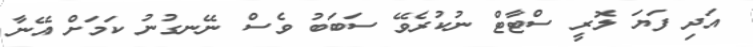
އަދި ފަޔަ ލޮރީ ސްޓާޓް ނުކުރެވޭ ސަބަބު ވެސް ނޭނގުނު ކަމަށް އޭނާ